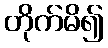
တိုက်မိ၍